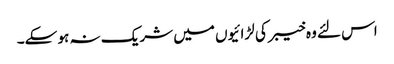
اس لئے وہ خیبر کی لڑائیوں میں شریک نہ ہو سکے۔